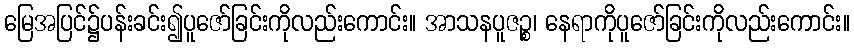
မြေအပြင်၌ပန်းခင်း၍ပူဇော်ခြင်းကိုလည်းကောင်း။ အာသနပူဇဉ္စ၊ နေရာကိုပူဇော်ခြင်းကိုလည်းကောင်း။